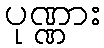
ပုဏ္ဏား